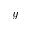
y